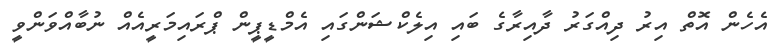
އެހެން އޮތް އިރު ދިއްގަރު ދާއިރާގެ ބައި އިލެކްޝަންގައި އެމްޑީޕީން ޕްރައިމަރީއެއް ނުބާއްވަންވީ